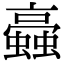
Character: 𧓂